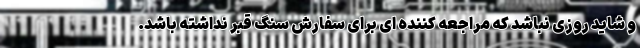
و شاید روزی نباشد که مراجعه کننده ای برای سفارش سنگ قبر نداشته باشد.